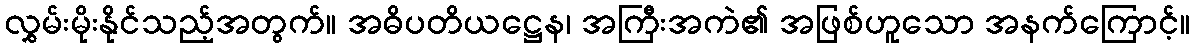
လွှမ်းမိုးနိုင်သည့်အတွက်။ အဓိပတိယဋ္ဌေန၊ အကြီးအကဲ၏ အဖြစ်ဟူသော အနက်ကြောင့်။